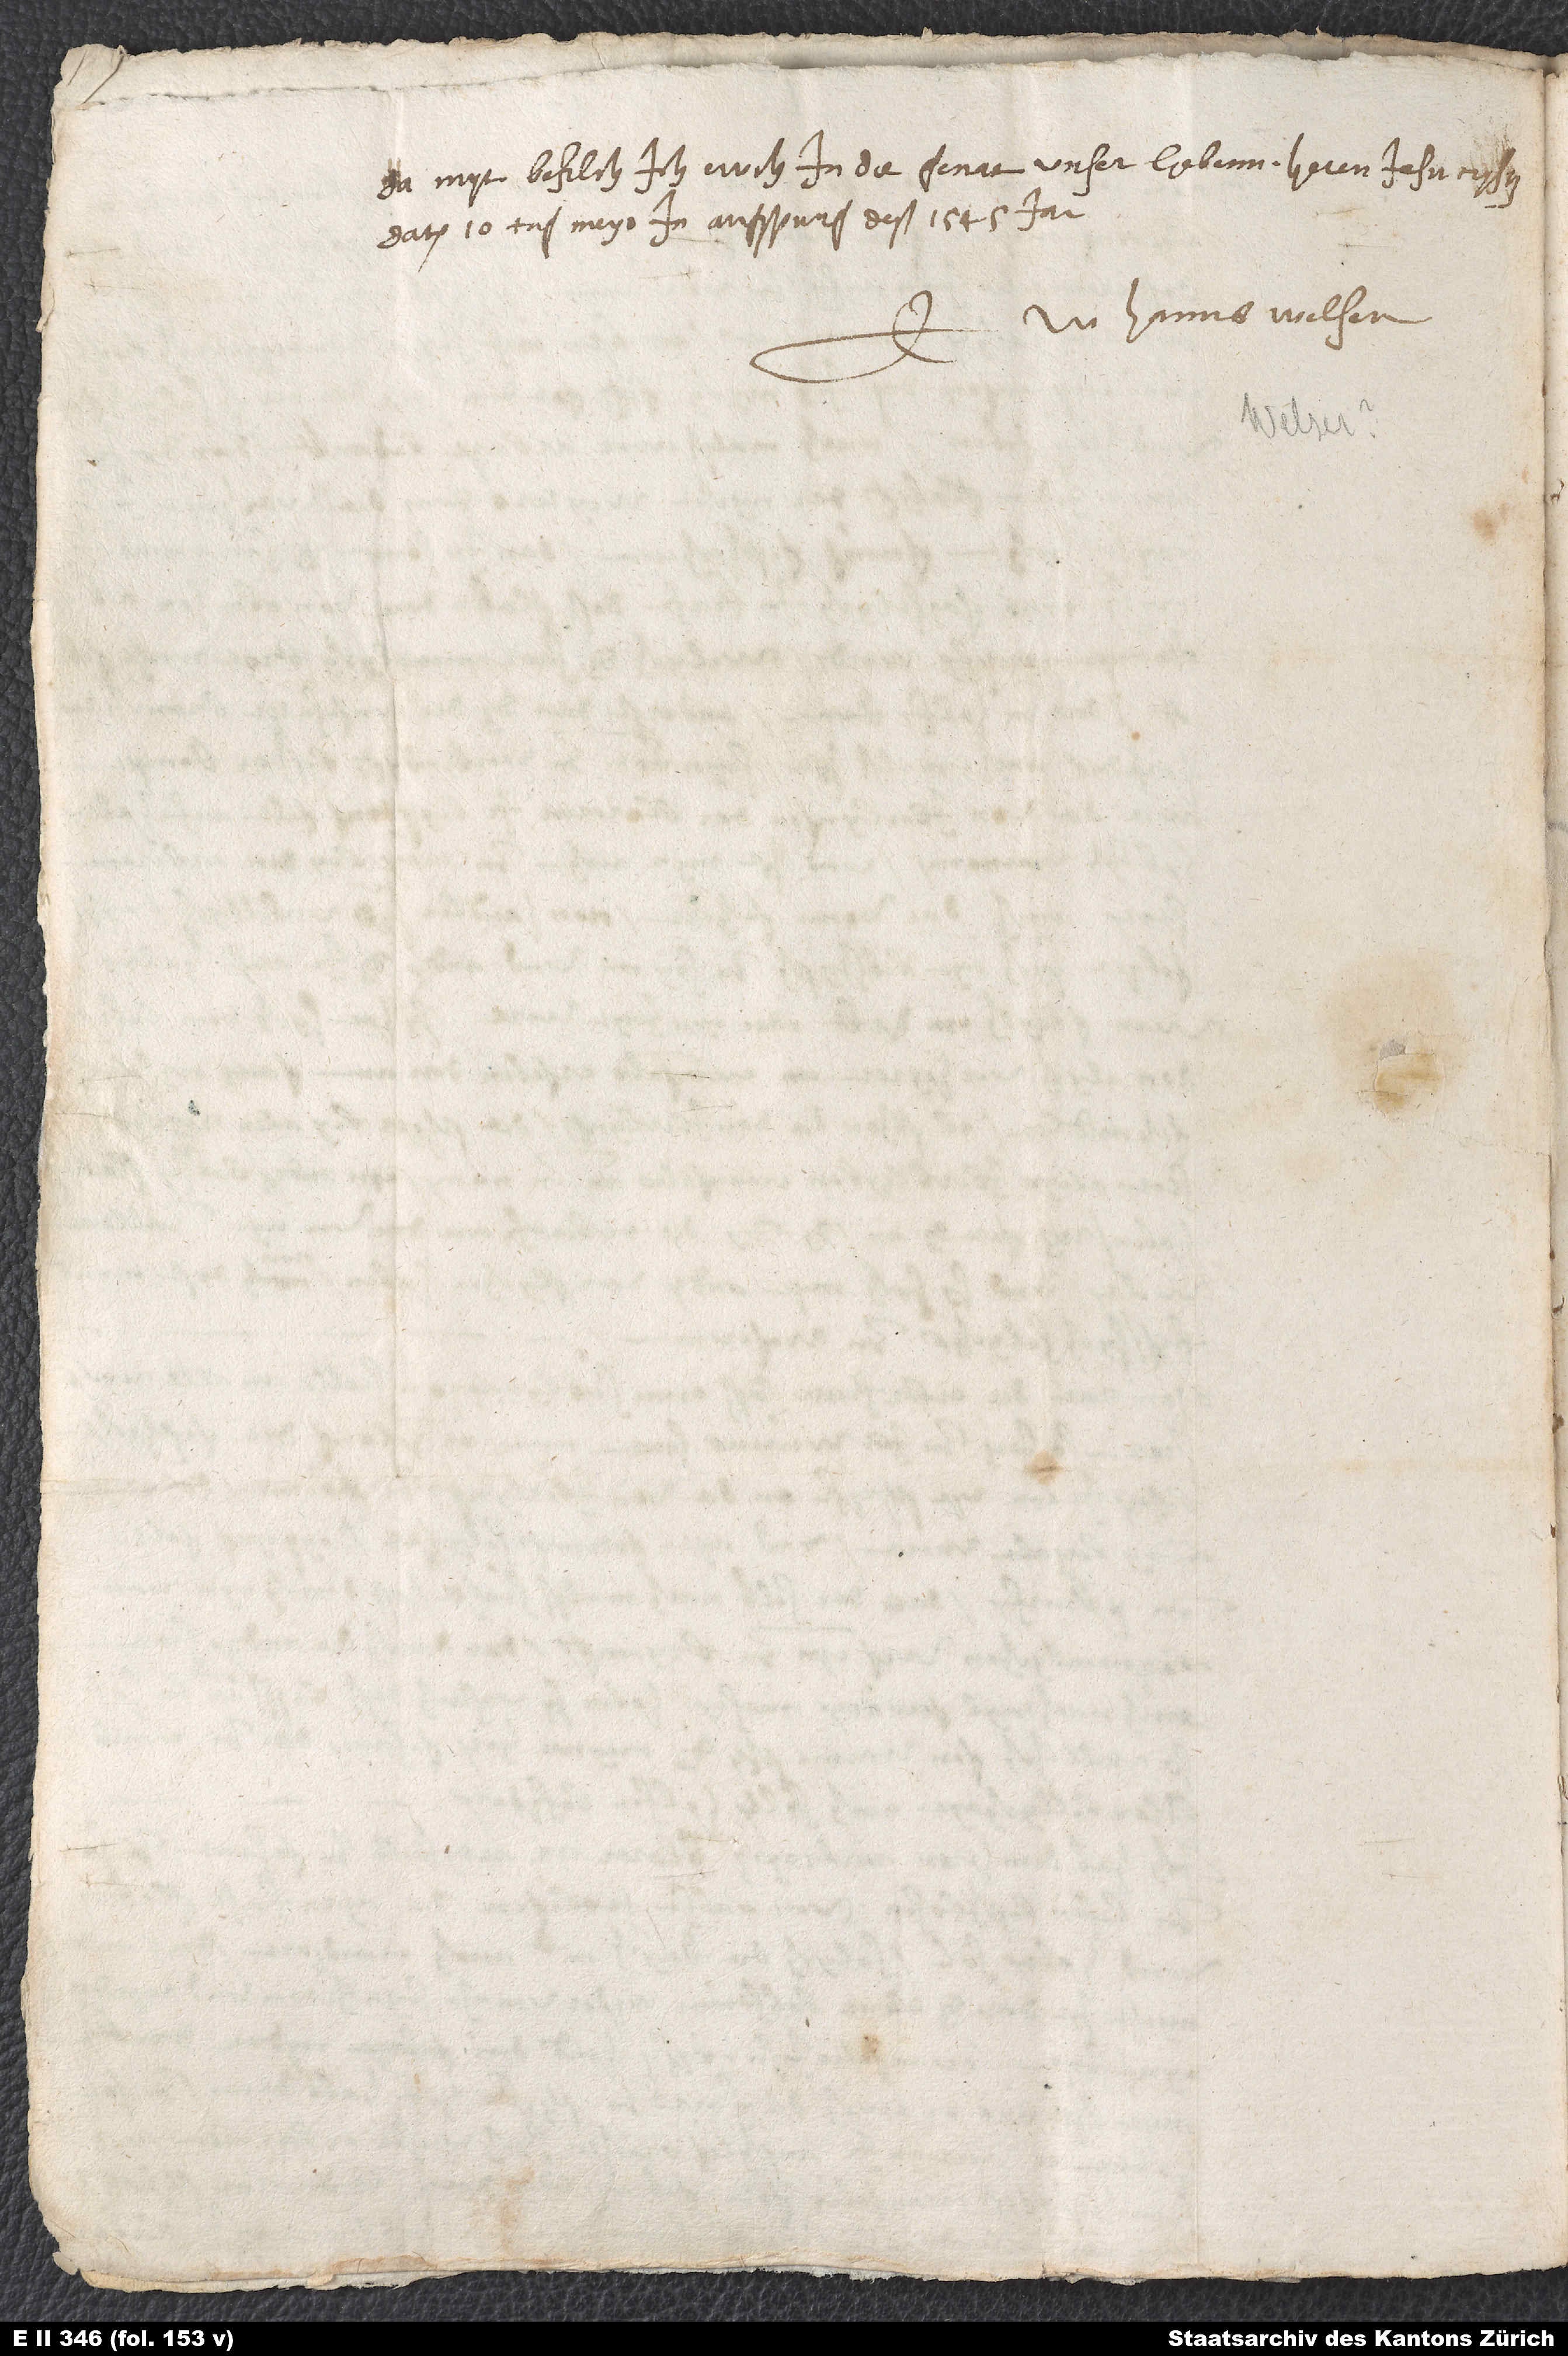
Damyt befilch ich ewch in die genat unser liebenn heren Jesu Crysti.
Datum 10. tag meyo in Augspurg deß 1545. jar.
E Hanns Welser.